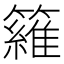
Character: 𥵻